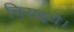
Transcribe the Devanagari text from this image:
चिराइये।